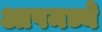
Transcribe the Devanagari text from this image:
आपमध्ये